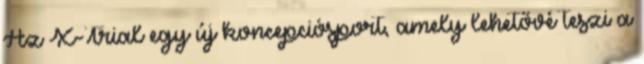
Az X-Trial egy új koncepciósport, amely lehetővé teszi a